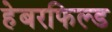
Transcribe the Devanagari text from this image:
हेबरफिल्ड